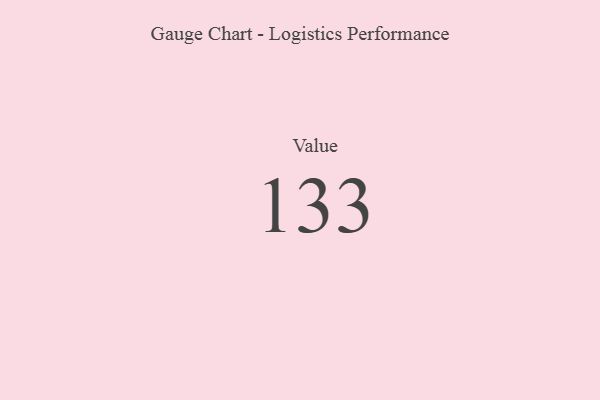
{"axis": {"x": "Metric", "y": "Value"}, "legend": [""], "data": [{"x": "Value", "y": 133, "type": ""}]}